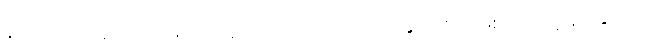
ခိုင်မြဲက တစ်ခါတလေ ဖိုးသက်ဆိုက်ကားကို တက်တက်ခွဖူးလို့ အဖြစ်ကတော့ နင်းနိုင်တယ်။